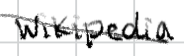
Text: Wikipedia
Cross-out: diagonal
Writing tool: digital_black